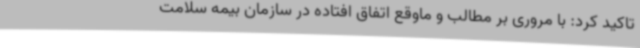
تاکید کرد: با مروری بر مطالب و ماوقع اتفاق افتاده در سازمان بیمه سلامت